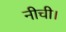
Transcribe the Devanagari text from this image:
नीची।